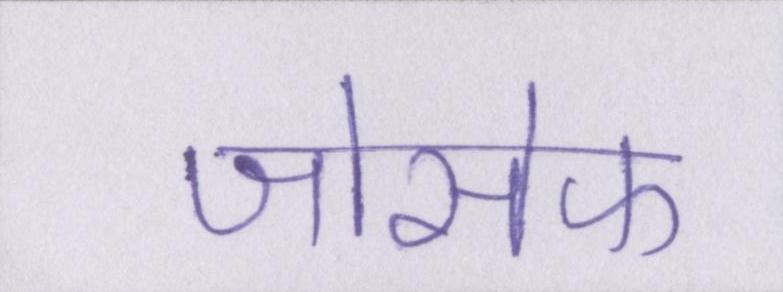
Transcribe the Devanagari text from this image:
जोसेफ